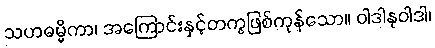
သဟဓမ္မိကာ၊ အကြောင်းနှင့်တကွဖြစ်ကုန်သော။ ဝါဒါနုဝါဒါ၊